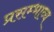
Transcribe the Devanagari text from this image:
प्रसम्भाव्य